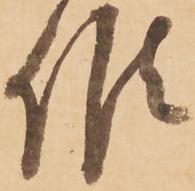
候